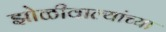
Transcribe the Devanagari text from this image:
झोळीवाल्यांच्या